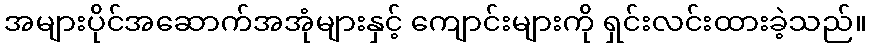
အများပိုင်အဆောက်အအုံများနှင့် ကျောင်းများကို ရှင်းလင်းထားခဲ့သည်။